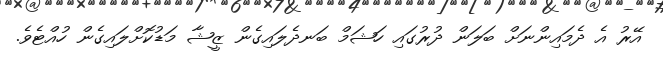
އޭރު އެ ދެމައިންނަށް ބަލަން ދުރުގައި ހަޝަމް ބަނދެލައިގެން ޒީޝާ މަޑުކޮށްލައިގެން ހުއްޓެވެ.